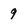
Character: 9